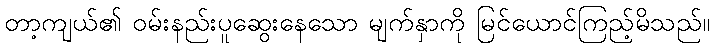
တာ့ကျယ်၏ ဝမ်းနည်းပူဆွေးနေသော မျက်နှာကို မြင်ယောင်ကြည့်မိသည်။